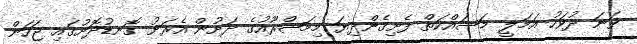
ވަނަ ދުވަހު އަމަލީ މަސައްކަތް ފެށިގެންދިޔަ މިމަޝްރޫއުގެ ދަށުން އެރަށު ގޮނޑުދޮށުގައި ޖަހަން